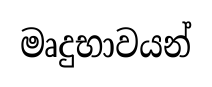
මෘදුභාවයන්